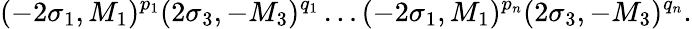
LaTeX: (-2\sigma_{1},M_{1})^{p_{1}}(2\sigma_{3},-M_{3})^{q_{1}}\ldots(-2\sigma_{1},M_{1})^{p_{n}}(2\sigma_{3},-M_{3})^{q_{n}}.